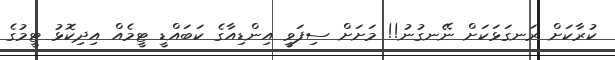
ކުރާކަށް ރަނގަޅަކަށް ނޭނގުނު!! މަށަށް ސިފަވީ އިންޑިއާގެ ކަބައްޑީ ޓީމެއް އިދިކޮޅު ޓީމުގެ